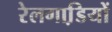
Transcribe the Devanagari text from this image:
रेलगाडि़यों